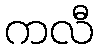
ကလီ